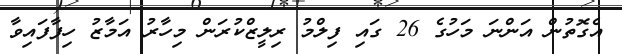
އެގޮތުން އަންނަ މަހުގެ 26 ގައި ފިލްމު ރިލީޒްކުރަން މިހާރު އަމާޒު ހިފާފައިވާ